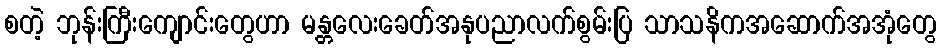
စတဲ့ ဘုန်းကြီးကျောင်းတွေဟာ မန္တလေးခေတ်အနုပညာလက်စွမ်းပြ သာသနိကအဆောက်အအုံတွေ